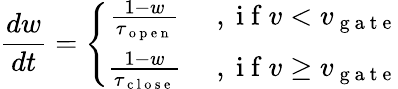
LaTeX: \frac{dw}{dt}=\left\{ \begin{array}{cc}{\frac{1-w}{\tau_{\mathrm{~o~p~e~n~}}}}&{\mathrm{~,~i~f~}v<v_{\mathrm{~g~a~t~e~}}}\\ {\frac{1-w}{\tau_{\mathrm{~c~l~o~s~e~}}}}&{\mathrm{~,~i~f~}v\geq v_{\mathrm{~g~a~t~e~}}}\end{array}\right.